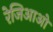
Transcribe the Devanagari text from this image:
रेजिआओ